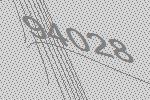
94028